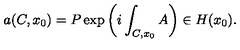
a ( C , x _ { 0 } ) = P \exp \left( i \int _ { C , x _ { 0 } } A \right) \in H ( x _ { 0 } ) .